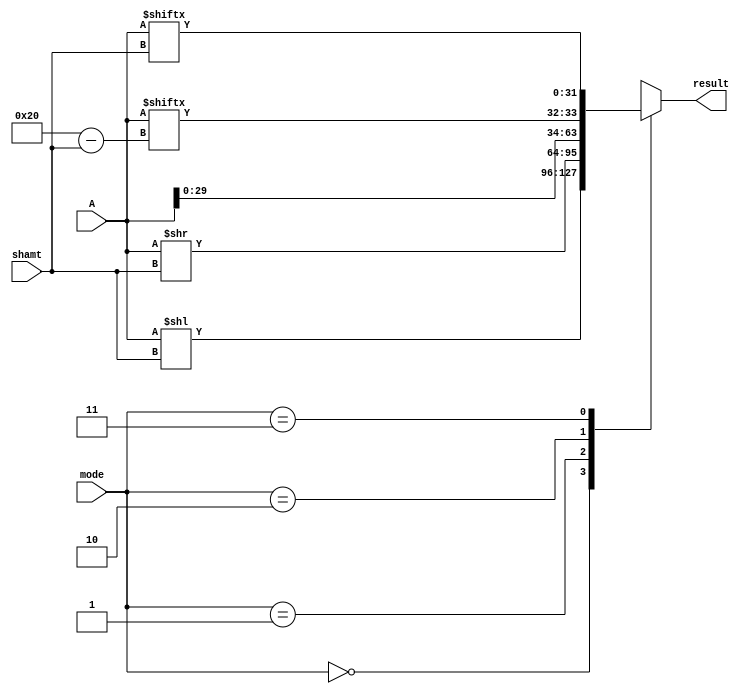
module hybrid_barrel_shifter (
    input [31:0] A,
    input [4:0] shamt,
    input [1:0] mode,
    output reg [31:0] result
);

always @(*) begin
    case(mode)
        2'b00: result = A << shamt; //logical left shift
        2'b01: result = A >> shamt; //logical right shift
        2'b10: result = {A[31-shamt:0], A[31:32-shamt]}; //rotate left
        2'b11: result = {A[shamt-1:0], A[31:shamt]}; //rotate right
    endcase
end

endmodule